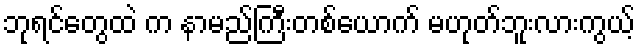
ဘုရင်တွေထဲ က နာမည်ကြီးတစ်ယောက် မဟုတ်ဘူးလားကွယ့်